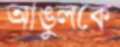
আঙুলকে